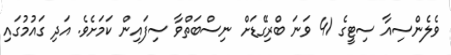
ވެލެންސިއާ ސިޓީގެ 41 ވަނަ ބްރިގޭޑަށް ނިސްބަތްވާ ސިފައިން ކަމަށެވެ. އަދި ގައުމުގައި